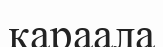
қараала